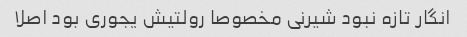
انگار تازه نبود شیرنی مخصوصا رولتیش یجوری بود اصلا